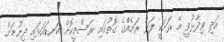
އަދި ވިދާޅުވީ އެ ރަށަކީ ފަޅު ރަށެއްގެ ގޮތުގައި ރަސްމީކޮށް ކަނޑައަޅައި ދިނުމަށް